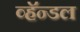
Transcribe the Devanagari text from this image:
व्हॅन्डल